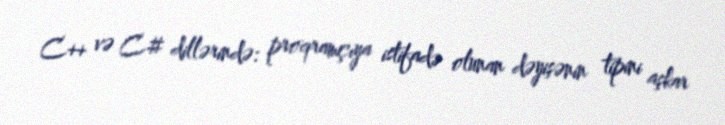
C++ və C# dillərində: proqramçıya istifadə olunan dəyişənin tipini aşkar